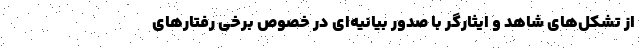
از تشکل‌های شاهد و ایثارگر با صدور بیانیه‌ای در خصوص برخی رفتارهای